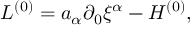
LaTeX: { \cal L } ^ { ( 0 ) } = a _ { \alpha } \partial _ { 0 } { \xi } ^ { \alpha } - { \cal H } ^ { ( 0 ) } ,